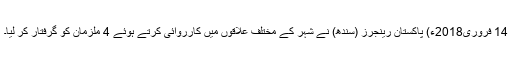
14 فروری2018ء) پاکستان رینجرز (سندھ) نے شہر کے مختلف علاقوں میں کارروائی کرتے ہوئے 4 ملزمان کو گرفتار کر لیا۔